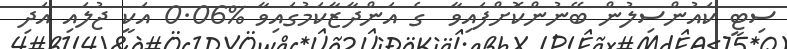
ސިޓީ ކައުންސިލުން ބޭނުންކޮށްފައިވާ  ގެ އަންދާޒާކަމުގައިވާ %0.06 އަކީ ޖުލައި އަދި